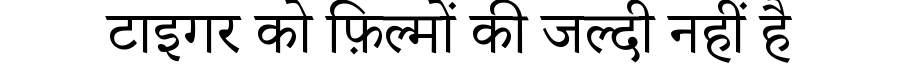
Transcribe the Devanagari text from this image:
टाइगर को फ़िल्मों की जल्दी नहीं है